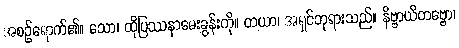
အစဉ်ရောက်၏။ သော၊ ထိုပြဿနာမေးခွန်းကို။ တယာ၊ အရှင်ဘုရားသည်။ နိဗ္ဗာယိတဗ္ဗော၊